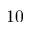
1 0